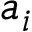
a _ { i }